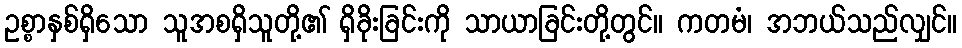
ဥစ္စာနှစ်ရှိသော သူအစရှိသူတို့၏ ရှိခိုးခြင်းကို သာယာခြင်းတို့တွင်။ ကတမံ၊ အဘယ်သည်လျှင်။